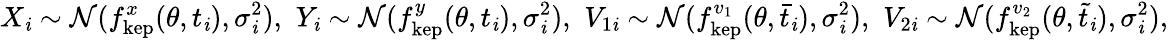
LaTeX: X_{\mathit{i}}\sim\mathcal{{N}}(f_{\mathrm{{kep}}}^{x}(\theta,t_{\mathit{i}}),\sigma_{\mathit{i}}^{2}),\, \, Y_{\mathit{i}}\sim\mathcal{{N}}(f_{\mathrm{{kep}}}^{y}(\theta,t_{\mathit{i}}),\sigma_{\mathit{i}}^{2}),\, \, V_{1\mathit{i}}\sim\mathcal{{N}}(f_{\mathrm{{kep}}}^{v_{1}}(\theta,\bar{{t}}_{\mathit{i}}),\sigma_{\mathit{i}}^{2}),\, \, V_{2\mathit{i}}\sim\mathcal{{N}}(f_{\mathrm{{kep}}}^{v_{2}}(\theta,\tilde{{t}}_{\mathit{i}}),\sigma_{\mathit{i}}^{2}),